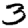
Digit: 3